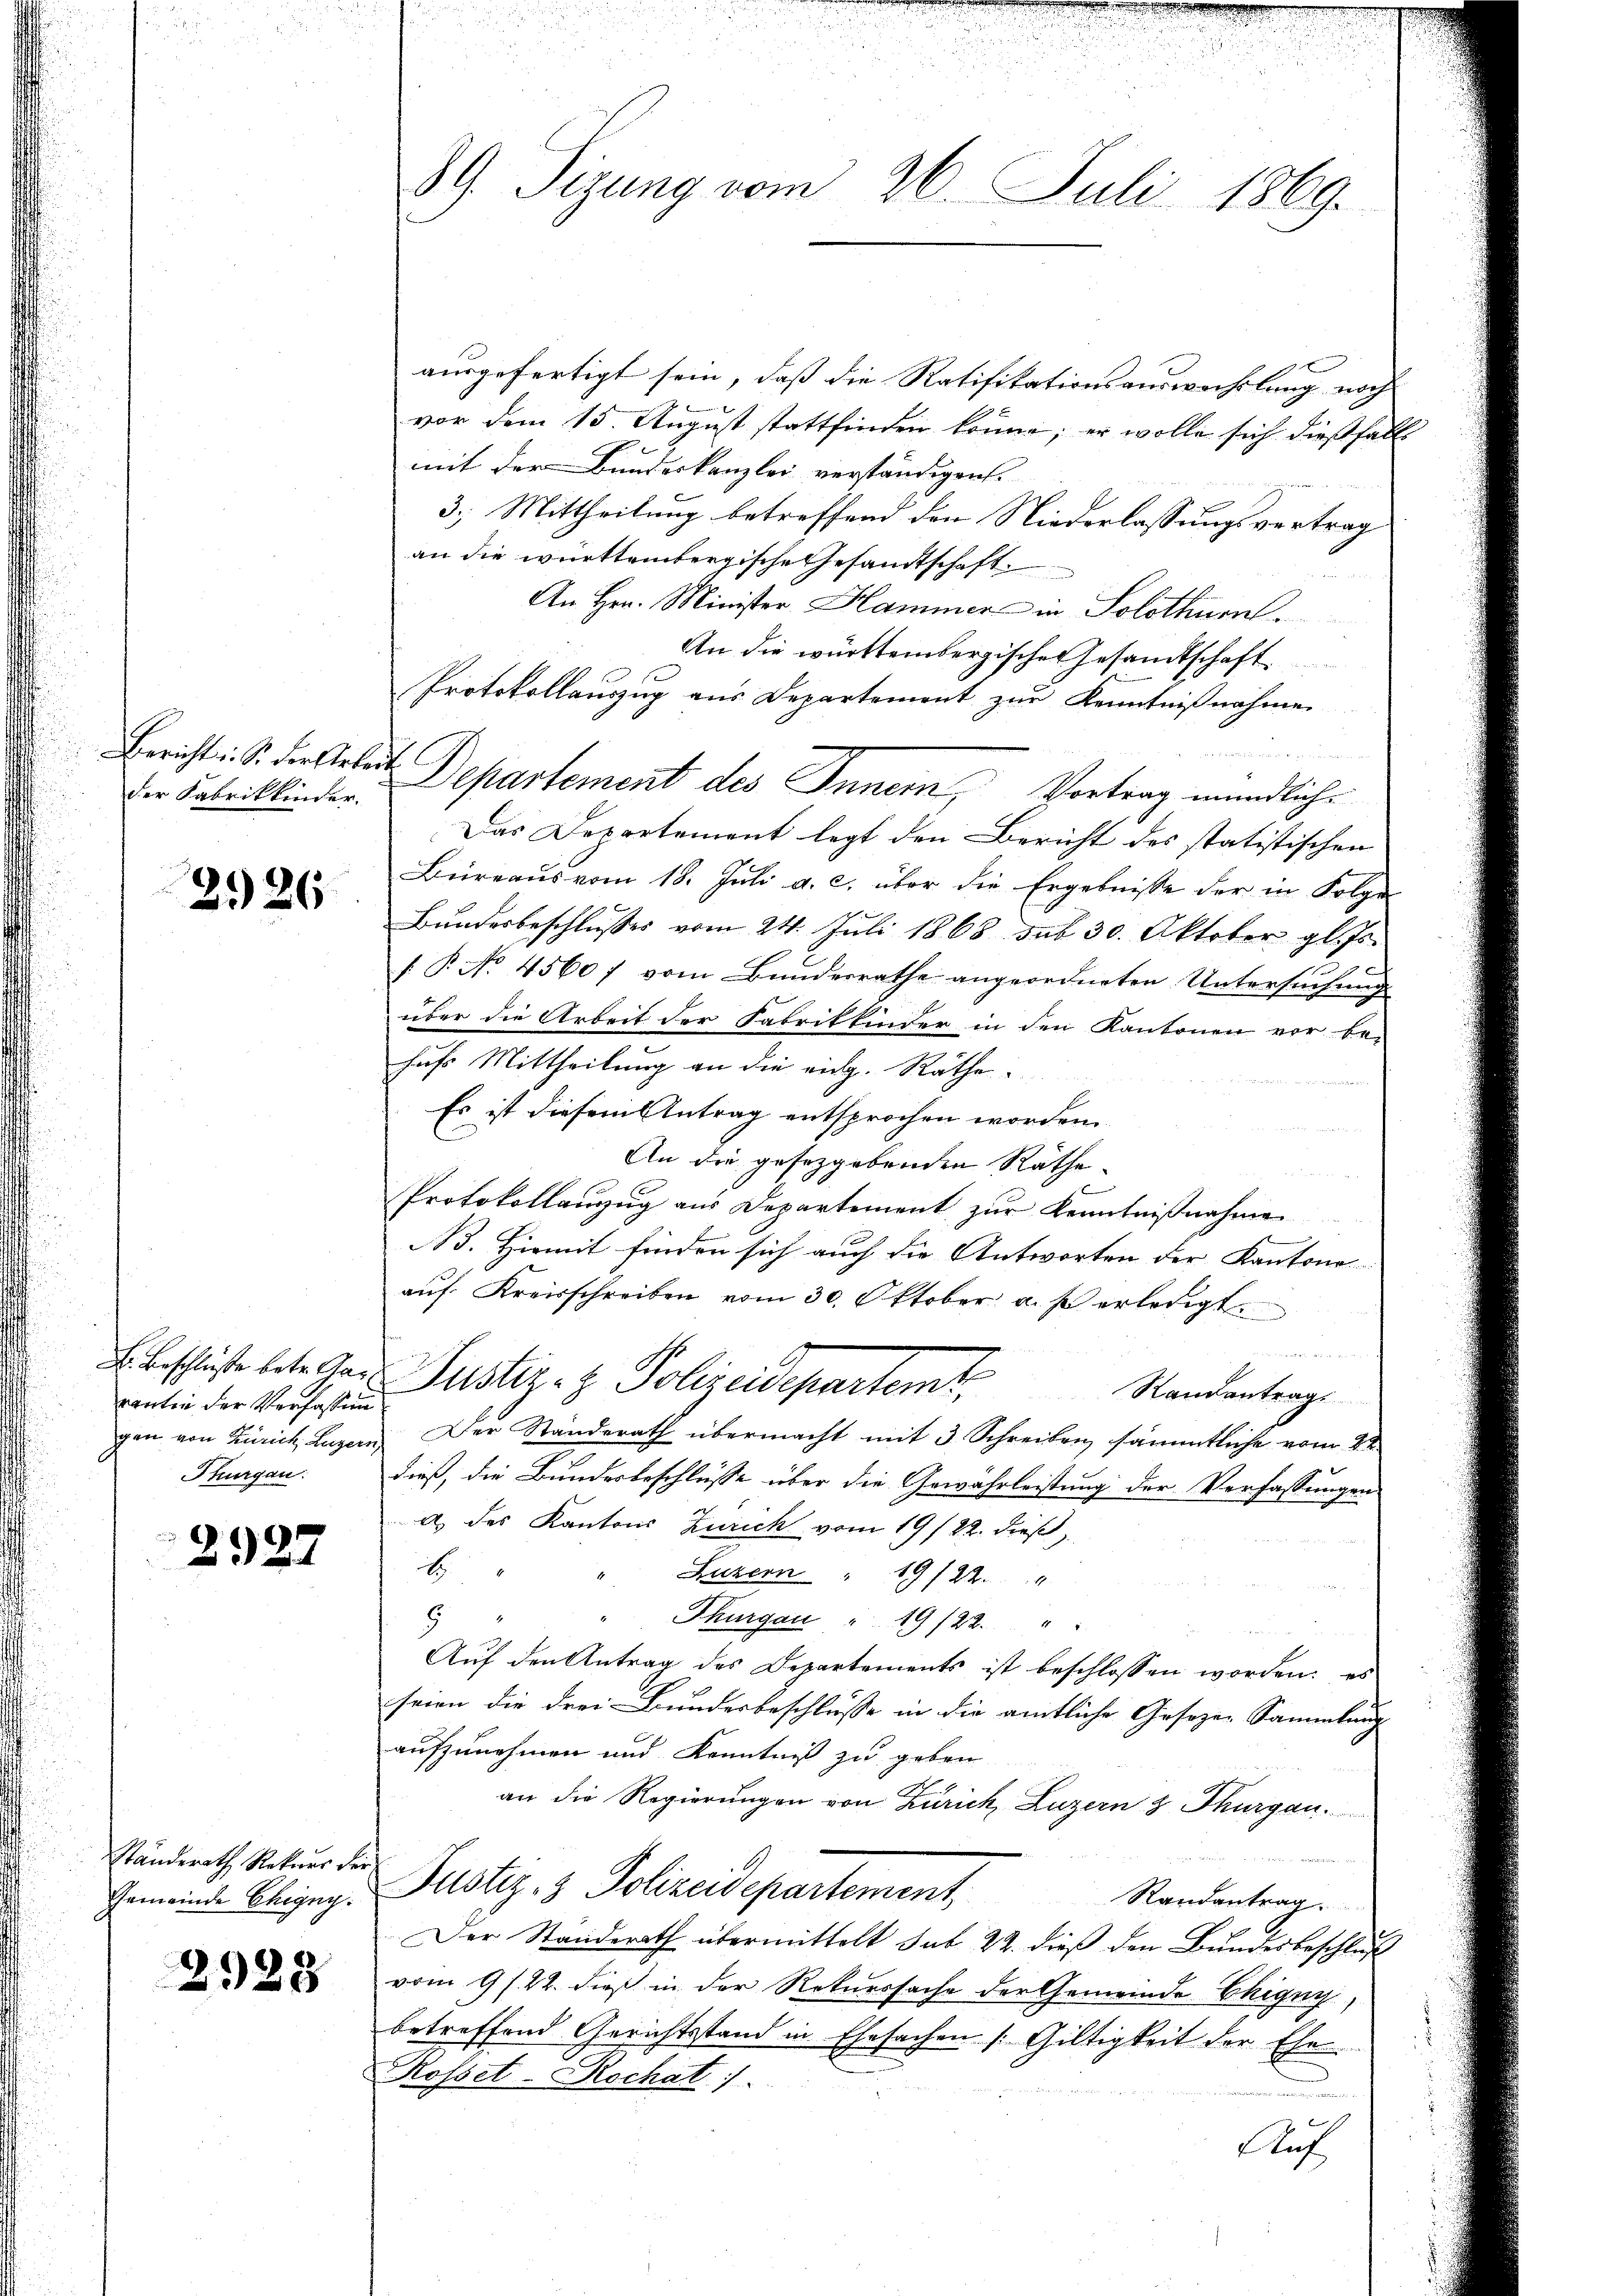
der Fabrikkinder.

2126

cantin der Verfassung
Thurgau.

2927

Standerath Rekurs der
Gemeinde Ehegny.

2928

89. Sizung vom 26. Juli 1869.

ausgefertigt sein, daß die Ratifikationsauswachslung noch
vor dem 15. August stattfinden könne; er wolle sich dießfäll
mit der Bundeskanzlei verständigen.
3. Mittheilung betreffend den Niederlassungsvertrag
an die württembergische Gesandtschaft
An Hrn. Minister Hammer in Solothurn.
An die württembergischen Gesandtschaft
Protokollauszug aus Departement zur Kenntnißnahme
Bericht. S. die Arbeit Departement des Innern, Vortrag mündliche
Das Departement legt den Bericht des statistischen
Büreaus vom 18. Juli a. c. über die Ergebnisse der in Folge
Bundesbeschlusses vom 24. Juli 1868 sub 30. Oktober gl. Js.
[ P. No 4560 f vom Bundesrathe angeordneten Untersuchung
über die Arbeit der Fabrikinder in den Kantonen vorbe-
hufs Mittheilung an die eidg. Räthe

Es ist diesem Antrag entsprochen worden
l
An die gesetzgebenden Räthe.
Protokollanzug aus Departement zur Kenntnißnahme
B. Hiemit finden sich auch die Antworten der Kantone
auf Kreisschreiben vom 30. Oktober a. f. erledigt.
de mit einen mir
E. Beschriften leite der Justiz- & Polizeidepartemt.
Randantrag
gen von Zürich Luzern. Der Standerath übermacht mit 3 Schreiben sämmtliche vom 22.
dieß, die Bundesbeschlüsse über die Gewährleistung der Verfassungen
a des Kantons Zürich vom 19/22. dieß,
b
Luzern  "  19/22.
8
Thurgau " 19/22. " "
Auf den Antrag des Departements ist beschlossen worden: es
seien die Frei- Bundesbeschlusse in die amtliche Geseze-Sammlung
aufzunehmen und Kenntniß zu geben
an die Regierungen von Zürich, Luzern 3 Thurgau.
 Justiz- & Polizeidepartement,
Randantrag.
Der Standerath übermittelt sub 22. dieß den Bundesbeschluß
vom 9 s. 22. dieß in der Rekurssache der Gemeinde Chigny,
betreffend Gerichtsstand in Ehesachen /: Giltigkeit der Ehe
Rosset-Rochat
Auf